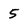
Character: 5